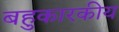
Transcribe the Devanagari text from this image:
बहुकारकीय